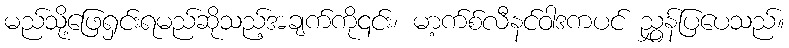
မည်သို့ဖြေရှင်းရမည်ဆိုသည့်အချက်ကို၎င်း၊ မာ့က်စ်လီနင်ဝါဒကပင် ညွှန်ပြပေသည်။